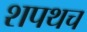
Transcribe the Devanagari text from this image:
शपथच